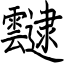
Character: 靆